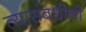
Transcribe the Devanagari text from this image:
त्यासंबधीची